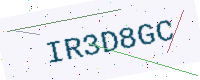
Text: IR3D8GC